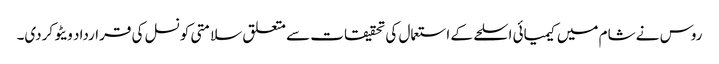
روس نے شام میں کیمیائی اسلحے کے استعمال کی تحقیقات سے متعلق سلامتی کونسل کی قرارداد ویٹو کردی۔